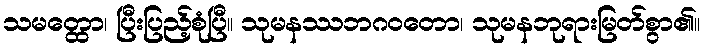
သမတ္ထော၊ ပြီးပြည့်စုံပြီ။ သုမနဿဘဂဝတော၊ သုမနဘုရားမြတ်စွာ၏။